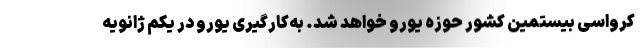
کرواسی بیستمین کشور حوزه یورو خواهد شد. به‌کارگیری یورو در یکم ژانویه